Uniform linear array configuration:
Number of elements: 32
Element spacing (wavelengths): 1
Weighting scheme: cosine
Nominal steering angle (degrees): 45
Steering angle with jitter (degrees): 45.581
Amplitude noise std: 0.05
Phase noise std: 0.05

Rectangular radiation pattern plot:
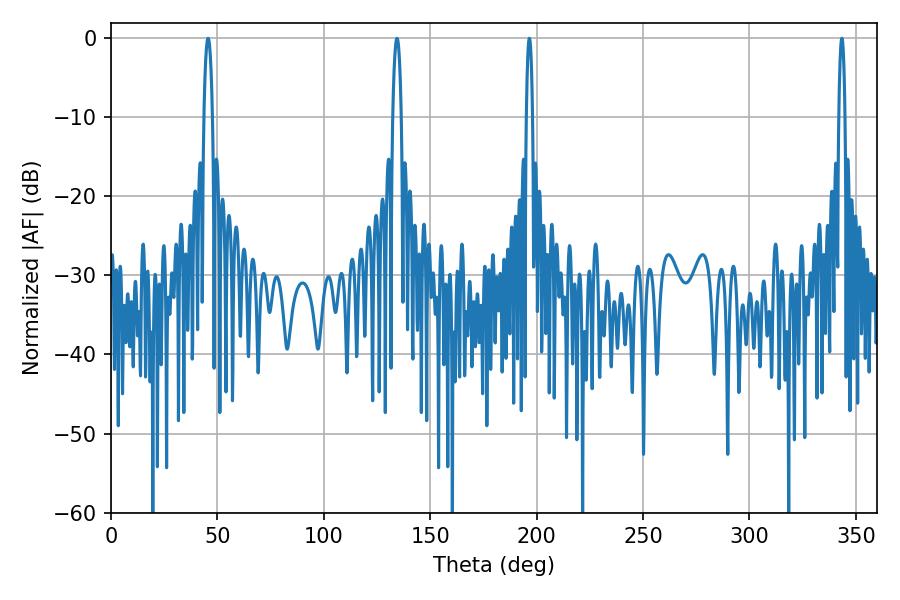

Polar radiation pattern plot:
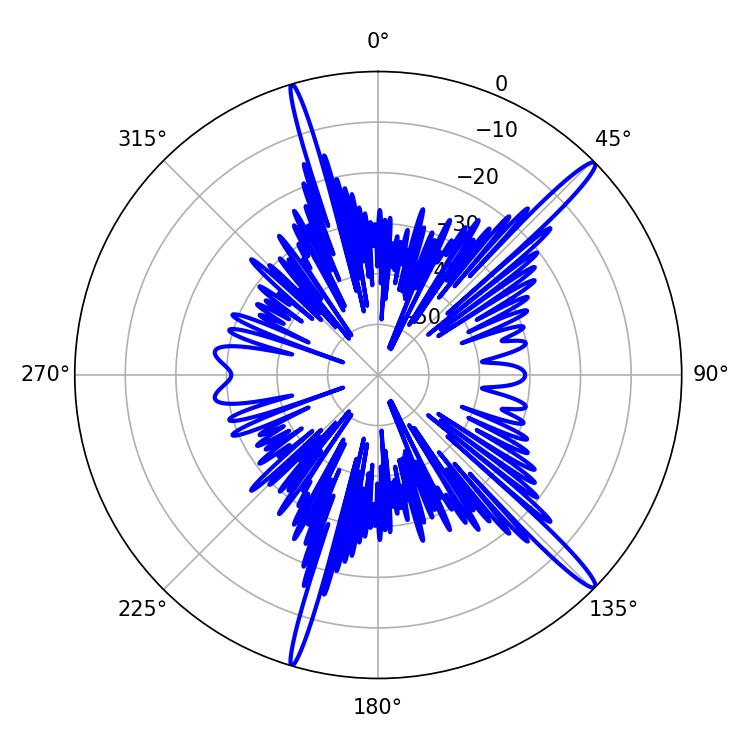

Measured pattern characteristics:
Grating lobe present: TRUE
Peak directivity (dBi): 16.475
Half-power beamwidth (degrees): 1.44
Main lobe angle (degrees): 196.56